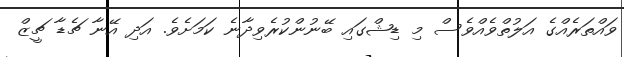
ވައްތަރެއްގެ އަލުތްވެއްވެސް މި ޑިޝްގައި ބޭނުންކުރެވިދާނެ ކަމަށެވެ. އަދި އޭނާ ޗެޑާ ޗީޒް